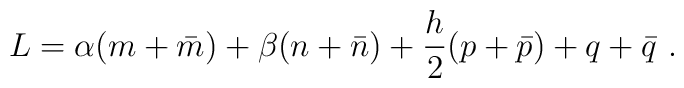
L = \alpha(m + \bar m) + \beta(n+\bar n) + \frac{h}{2}(p + \bar p) + q + \bar q \ .